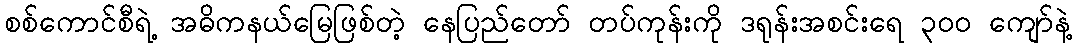
စစ်ကောင်စီရဲ့ အဓိကနယ်မြေဖြစ်တဲ့ နေပြည်တော် တပ်ကုန်းကို ဒရုန်းအစင်းရေ ၃၀၀ ကျော်နဲ့